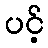
ပင့်